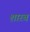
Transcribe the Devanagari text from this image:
शारब